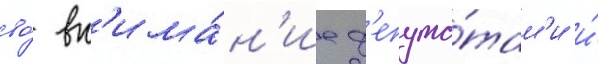
во́ вн'има́н'ие д'епута́там'и и́